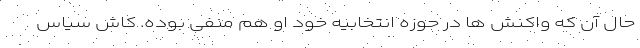
حال آن که واکنش ها در حوزه انتخابیه خود او هم منفی بوده. کاش سیاس